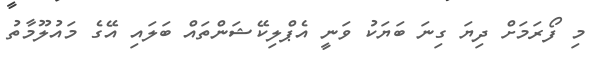
މި ފޯރަމަށް ދިޔަ ގިނަ ބަޔަކު ވަނީ އެޕްލިކޭޝަންތައް ބަލައި އޭގެ މައުލޫމާތު